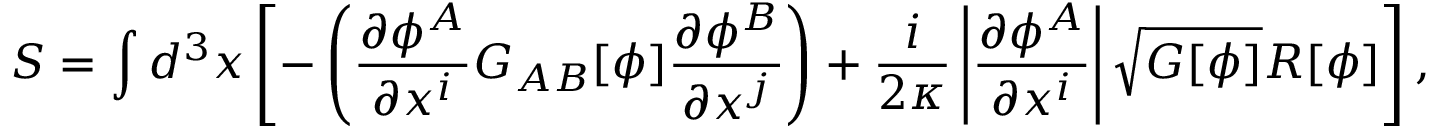
S = \int d ^ { 3 } x \left[ - \left( \frac { \partial \phi ^ { A } } { \partial x ^ { i } } G _ { A B } [ \phi ] \frac { \partial \phi ^ { B } } { \partial x ^ { j } } \right) + \frac { i } { 2 \kappa } \left| \frac { \partial \phi ^ { A } } { \partial x ^ { i } } \right| \sqrt { G [ \phi ] } R [ \phi ] \right] ,